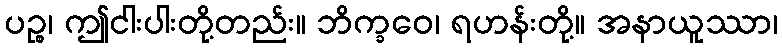
ပဉ္စ၊ ဤငါးပါးတို့တည်း။ ဘိက္ခဝေ၊ ရဟန်းတို့။ အနာယူဿာ၊